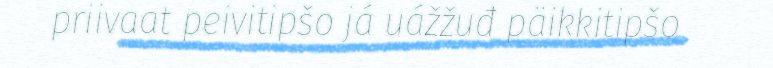
priivaat peivitipšo já uážžuđ päikkitipšo